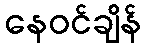
နေဝင်ချိန်